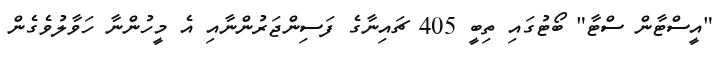
"އީސްޓާން ސްޓާ" ބޯޓުގައި ތިބީ 405 ޗައިނާގެ ފަސިންޖަރުންނާއި އެ މީހުންނާ ހަވާލުވެގެން